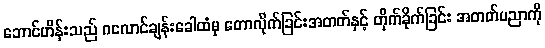
ဘောင်ဟိန်းသည် ဂလောင်ချန်းခေါထံမှ တောလိုက်ခြင်းအတတ်နှင့် တိုက်ခိုက်ခြင်း အတတ်ပညာကို